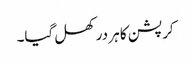
کرپشن کا ہر در کھل گیا۔